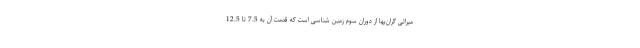
میراثی گران‌بها از دوران سوم زمین شناسی است که قدمت آن به 7.5 تا 12.5